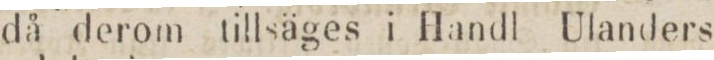
då derom tillsäges i Handl Ulanders